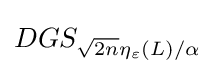
DGS_{{\sqrt {2n}}\eta _{\varepsilon }(L)/\alpha }